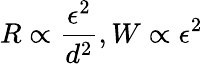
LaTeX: R\propto\frac{\epsilon^{2}}{d^{2}},W\propto\epsilon^{2}